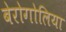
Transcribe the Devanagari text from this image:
बेरोगोलिया